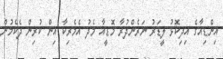
އިންޑިއާގެ އިދިކޮޅު ލީޑަރު ނަރެންދުރާ މޮޑީއާ މެދު އެމެރިކާ އިން ކުރިން ދެކެމުން